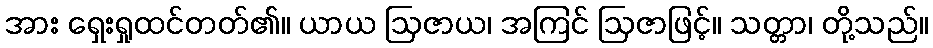
အား ရှေးရှုထင်တတ်၏။ ယာယ ဩဇာယ၊ အကြင် ဩဇာဖြင့်။ သတ္တာ၊ တို့သည်။